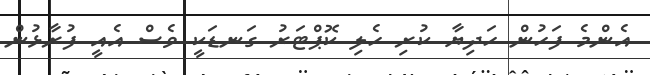
އެންމެ ފަހުން ހަދިޔާ ކުރި ހެލި ކޮޕްޓަރު ގަނޑަކީ ވެސް އެއީ ފުރާޅުން